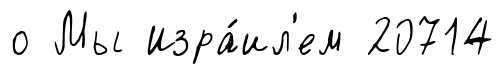
о Мы Изра́ил'ем 20714